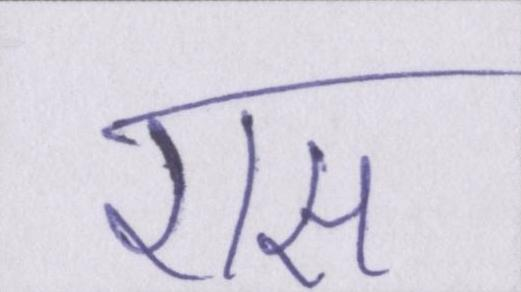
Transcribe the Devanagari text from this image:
रास